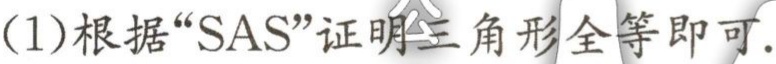
(1)根据“SAS”证明三角形全等即可.